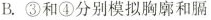
B.③和④分别模拟胸廓和膈